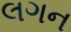
લગન